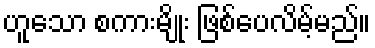
ဟူသော စကားမျိုး ဖြစ်ပေလိမ့်မည်။